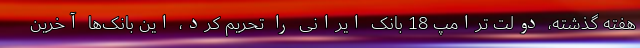
هفته گذشته، دولت ترامپ 18 بانک ایرانی را تحریم کرد، این بانک‌ها آخرین